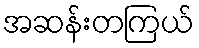
အဆန်းတကြယ်